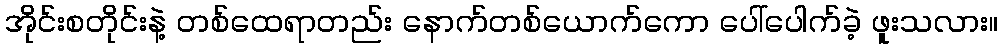
အိုင်းစတိုင်းနဲ့ တစ်ထေရာတည်း နောက်တစ်ယောက်ကော ပေါ်ပေါက်ခဲ့ ဖူးသလား။